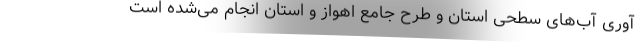
آوری آب‌های سطحی استان و طرح جامع اهواز و استان انجام می‌شده است